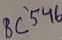
Text: BC54